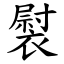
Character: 褽